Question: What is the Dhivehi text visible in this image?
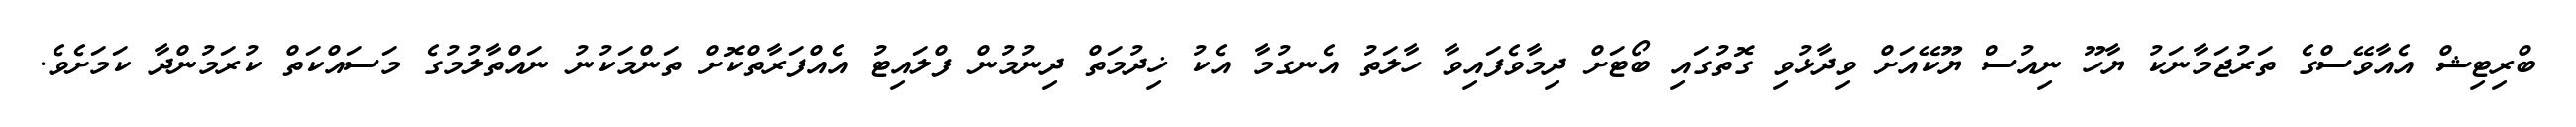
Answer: ބްރިޓިޝް އެއާވޭސްގެ ތަރުޖަމާނަކު ޔާހޫ ނިއުސް ޔޫކޭއަށް ވިދާޅުވި ގޮތުގައި ބޯޓަށް ދިމާވެފައިވާ ހާލަތު އެނގުމާ އެކު ޚިދުމަތް ދިނުމުން ފްލައިޓު އެއްފަރާތްކޮށް ތަންމަކުނު ނައްތާލުމުގެ މަސައްކަތް ކުރަމުންދާ ކަމަށެވެ.